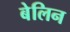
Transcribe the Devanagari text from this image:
बेलिन